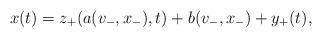
LaTeX: \begin{align*}x(t)=z_+(a(v_-,x_-),t)+b(v_-,x_-)+y_+(t),\end{align*}